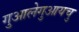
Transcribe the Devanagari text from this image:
गुआलेगुआयचु